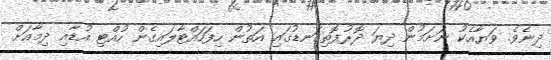
ދިނެވެ. ވަޔާއެކު ނަށަމުން ދިޔަ ދޮރުފޮތިގަނޑުގައި އަތުން ހިފަހައްޓާލައިގެން ހުއްޓި އުޑާއި ދިމާއަށް